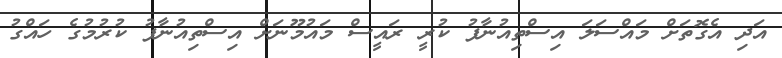
އަދި އެގޮތަށް މައްސަލަ އިސްތިއުނާފު ކުރީ ރައީސް މައުމޫނަށް އިސްތިއުނާފު ކުރުމުގެ ހައްގު